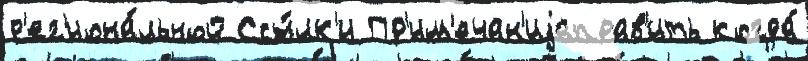
р'ег'иона́льной Ссы́лк'и Пр'им'ечан'иjаправ'ить когда́